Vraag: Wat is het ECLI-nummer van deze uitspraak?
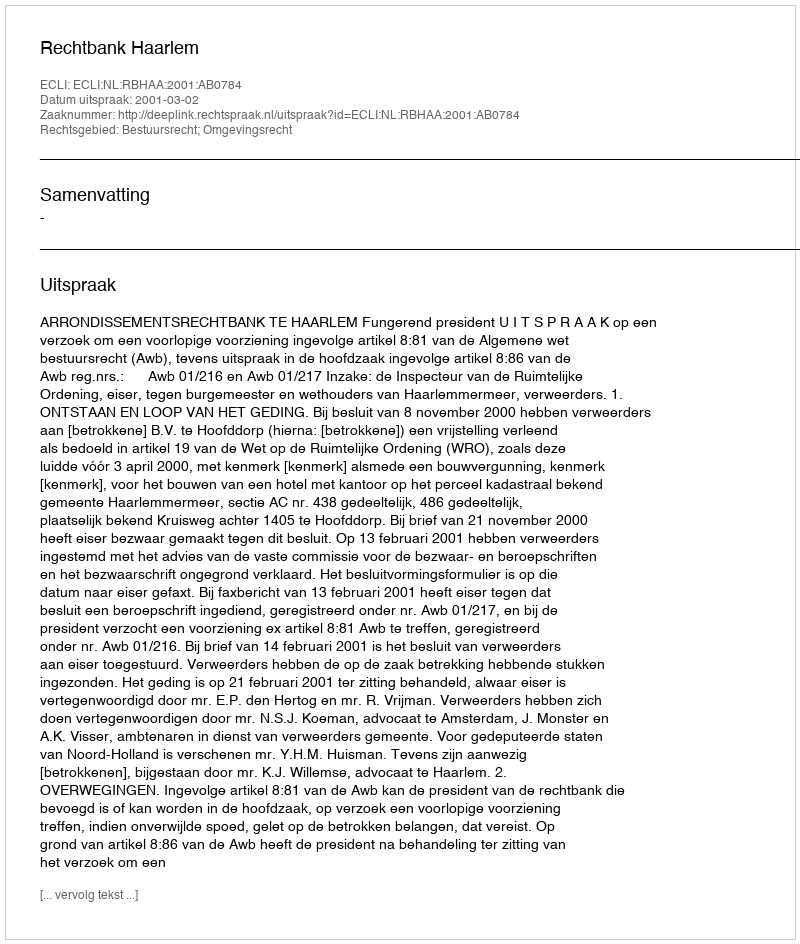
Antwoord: ECLI:NL:RBHAA:2001:AB0784